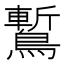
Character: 䳻